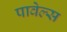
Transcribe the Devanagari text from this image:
पावेल्स